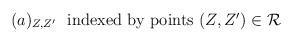
LaTeX: \begin{align*}(a)_{Z,Z'}\ \ \mbox{indexed by points $(Z,Z') \in {\cal R}$}\end{align*}